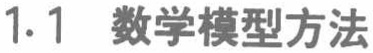
1.1 数学模型方法